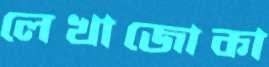
লেখাজোকা